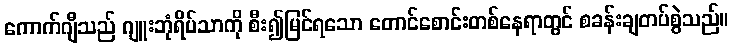
ကောက်ဂျီသည် ဂျူးဘုံရိပ်သာကို စီး၍မြင်ရသော တောင်စောင်းတစ်နေရာတွင် စခန်းချတပ်စွဲသည်။